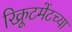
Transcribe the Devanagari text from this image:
रिक्रूटमेंटच्या